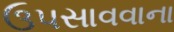
ઉપસાવવાના